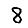
Digit: 8